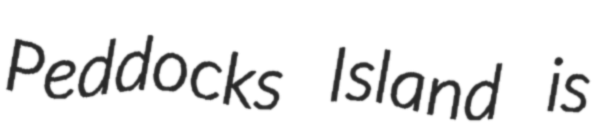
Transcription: Peddocks Island is